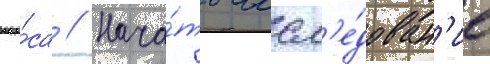
вопро́са // Нача́ть иссл'е́дован'ие